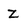
Character: Z